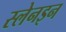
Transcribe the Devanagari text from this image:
स्लेनइन